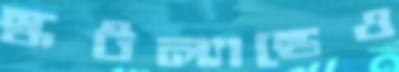
স্কটল্যান্ডেও